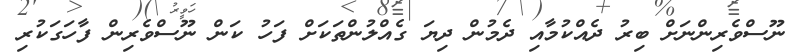
ނޫސްވެރިންނަށް ބިރު ދެއްކުމާއި ދެމުން ދިޔަ ގެއްލުންތަކަށް ފަހު ކަން ނޫސްވެރިން ފާހަގަކުރި